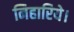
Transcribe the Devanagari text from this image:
निहारिये।